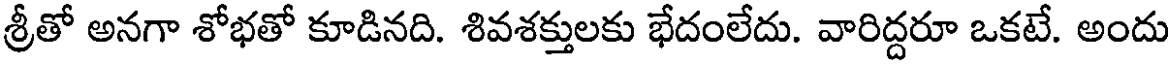
శ్రీతో అనగా శోభతో కూడినది. శివశక్తులకు భేదంలేదు. వారిద్దరూ ఒకటే. అందు